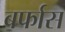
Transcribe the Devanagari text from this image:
बर्फास